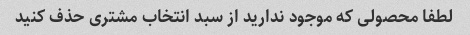
لطفا محصولی که موجود ندارید از سبد انتخاب مشتری حذف کنید